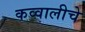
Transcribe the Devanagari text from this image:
कव्वालीचे